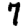
Digit: 7